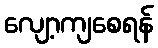
လျော့ကျစေရန်